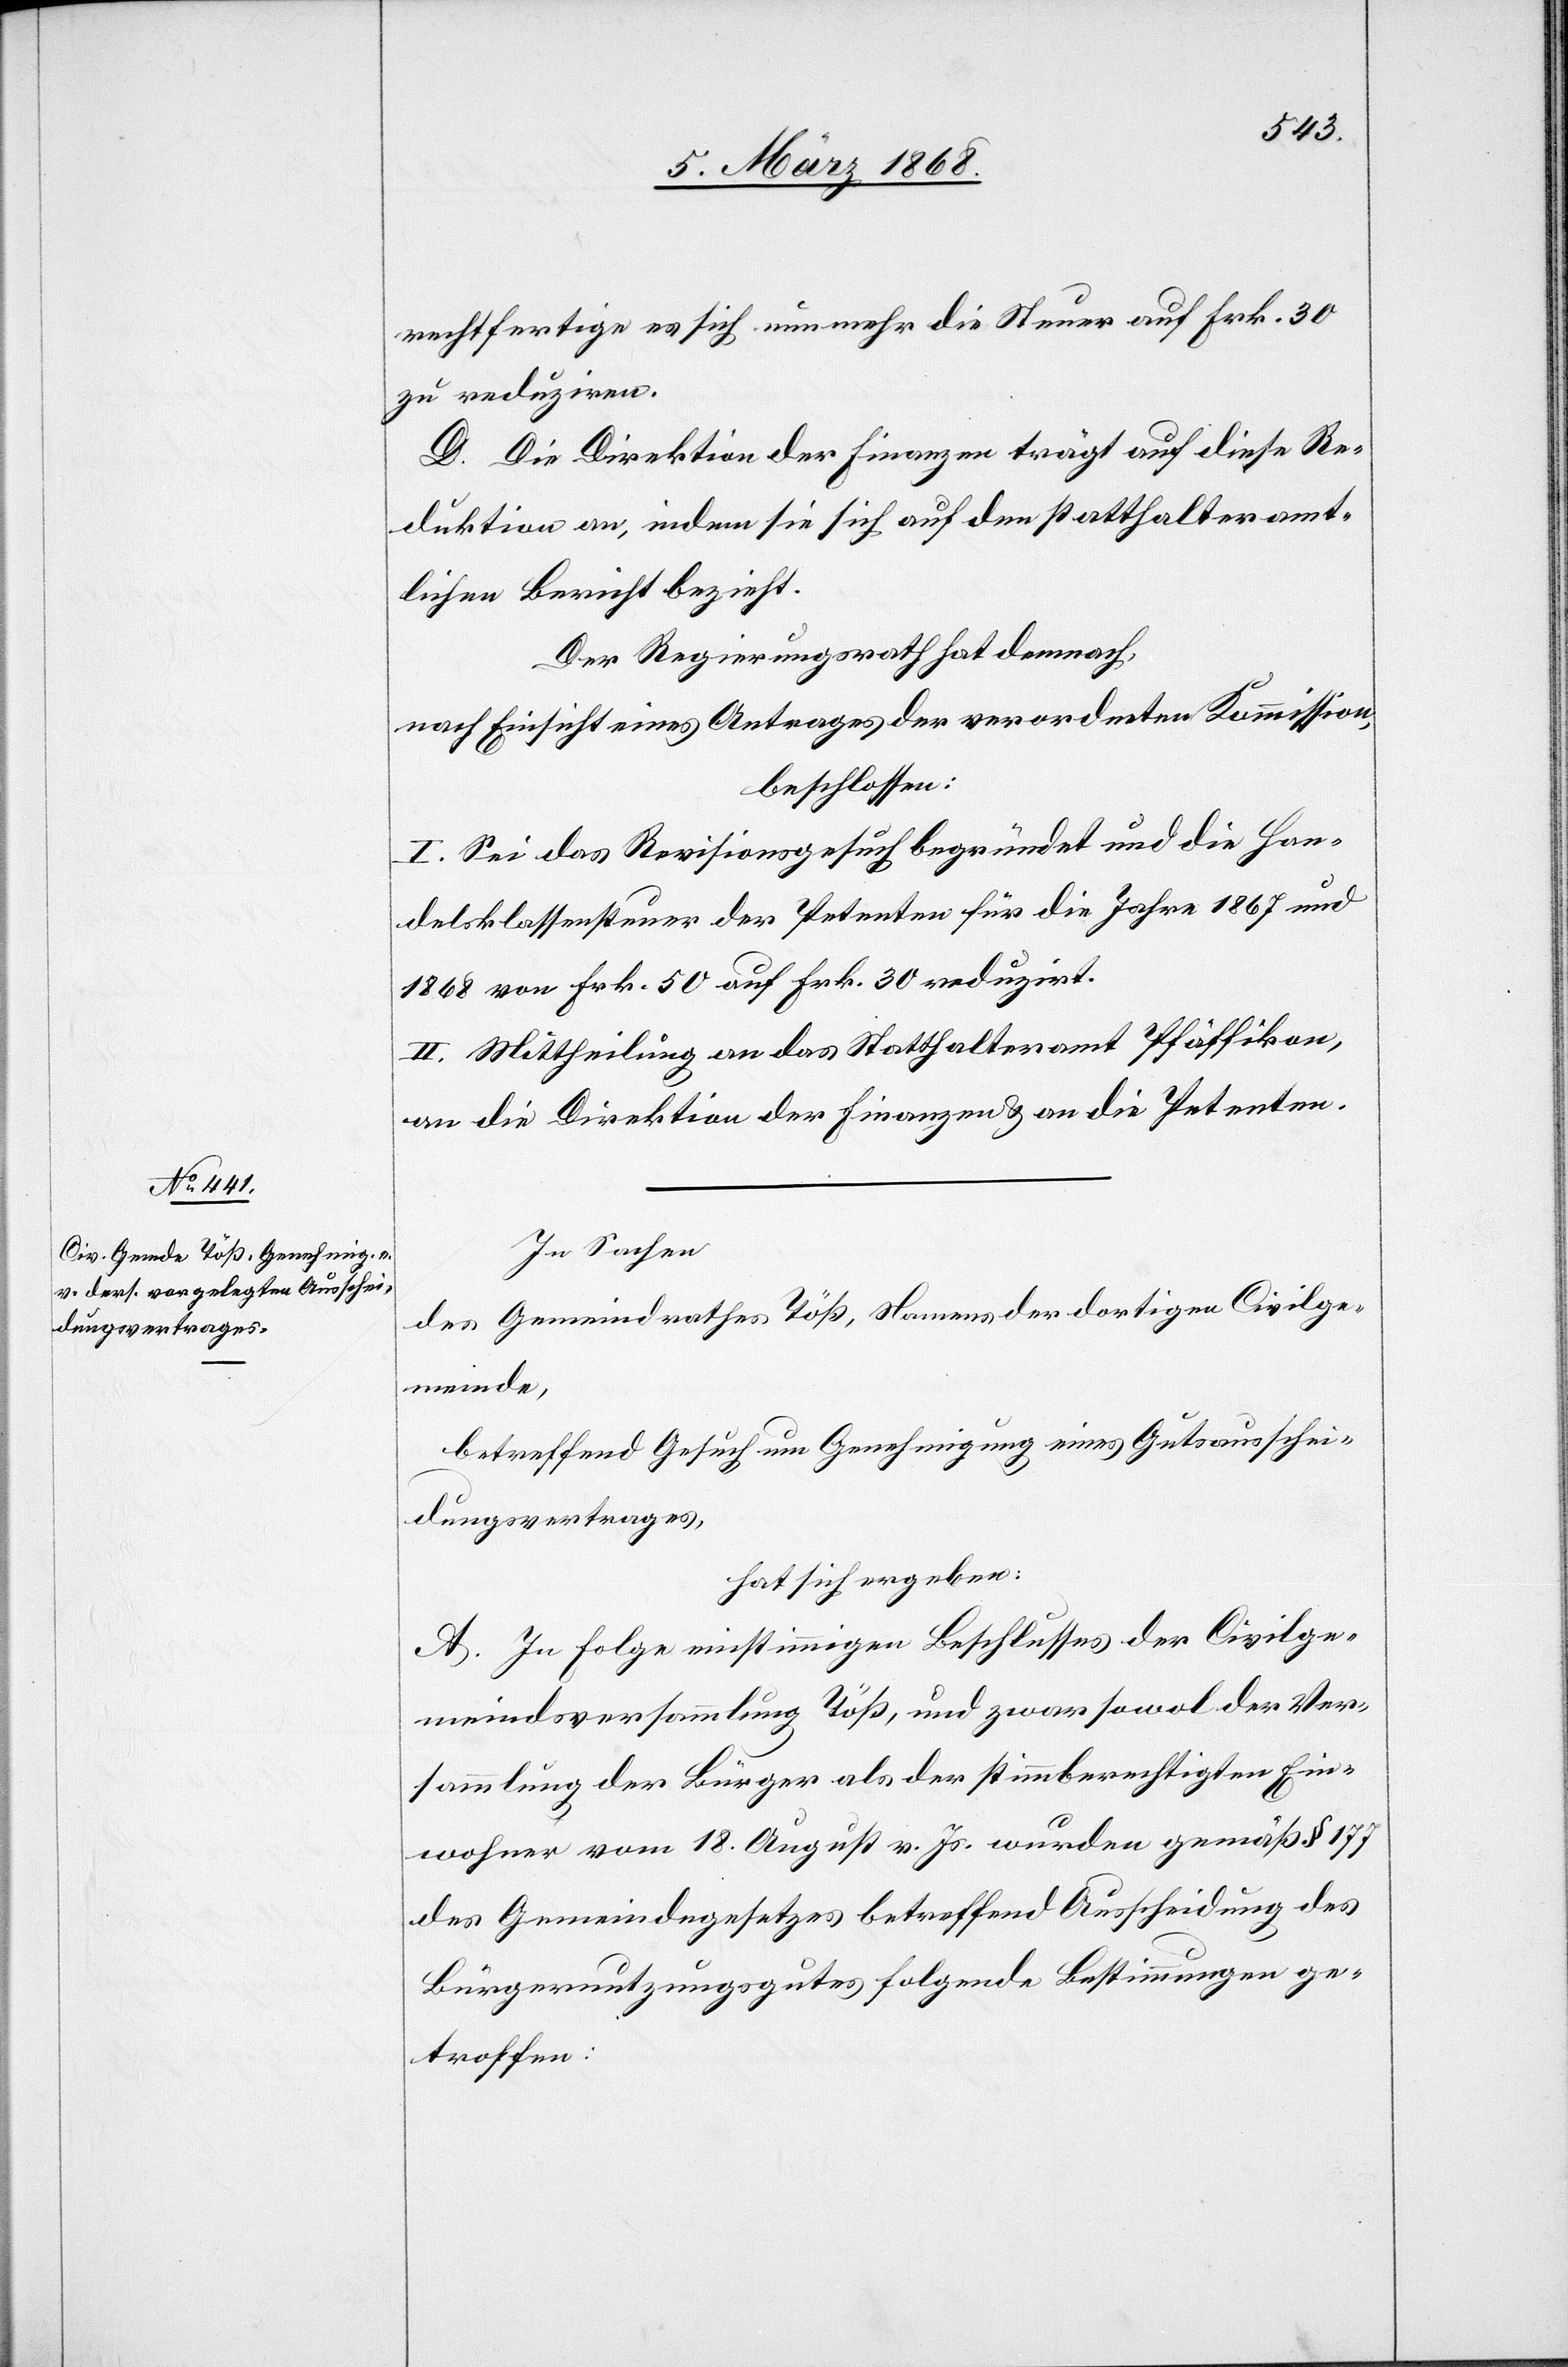
rechtfertige es sich nunmehr die Steuer auf Frk. 30
zu reduziren.
D. Die Direktion der Finanzen trägt auf diese Re¬
duktion an, indem sie sich auf den statthalteramt¬
lichen Bericht bezieht.
Der Regierungsrath hat demnach,
nach Einsicht eines Antrages der verordneten Kommission,
beschlossen:
I. Sei das Revisionsgesuch begründet und die Han¬
delsklassensteuer der Petenten für die Jahre 1867 und
1868 von Frk. 50 auf Frk. 30 reduzirt.
II. Mittheilung an das Statthalteramt Pfäffikon,
an die Direktion der Finanzen & an die Petenten.
In Sachen
Gemeindrathes Töß, Namens der dortigen Civilge¬
des
meinde,
betreffend Gesuch um Genehmigung eines Gutsausschei¬
dungsvertrages,
hat sich ergeben:
A. In Folge einstimmigen Beschlusses der Civilge¬
meindsversammlung Töß, und zwar sowol der Ver¬
sammlung der Bürger als der stimmberechtigten Ein¬
wohner vom 18. August v. Js. wurden gemäß § 177
des Gemeindegesetzes betreffend Ausscheidung des
Bürgernutzungsgutes folgende Bestimmungen ge¬
troffen: